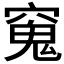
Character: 𫁖